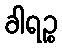
ခါရဉ္စ